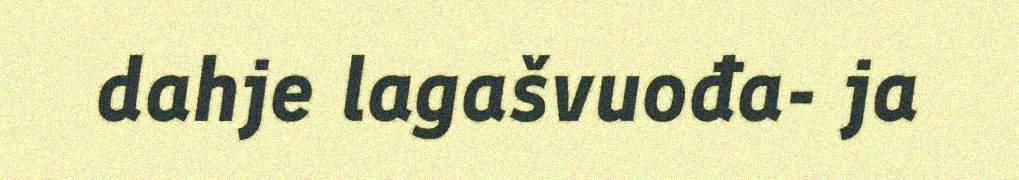
dahje lagašvuođa- ja